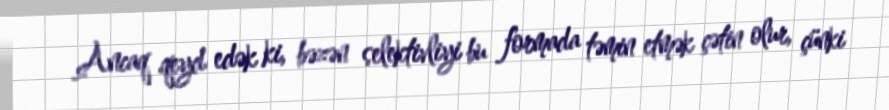
Ancaq qeyd edək ki, bəzən selektivliyi bu formada təmin etmək çətin olur, çünki